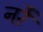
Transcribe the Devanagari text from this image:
नरै